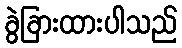
ခွဲခြားထားပါသည်